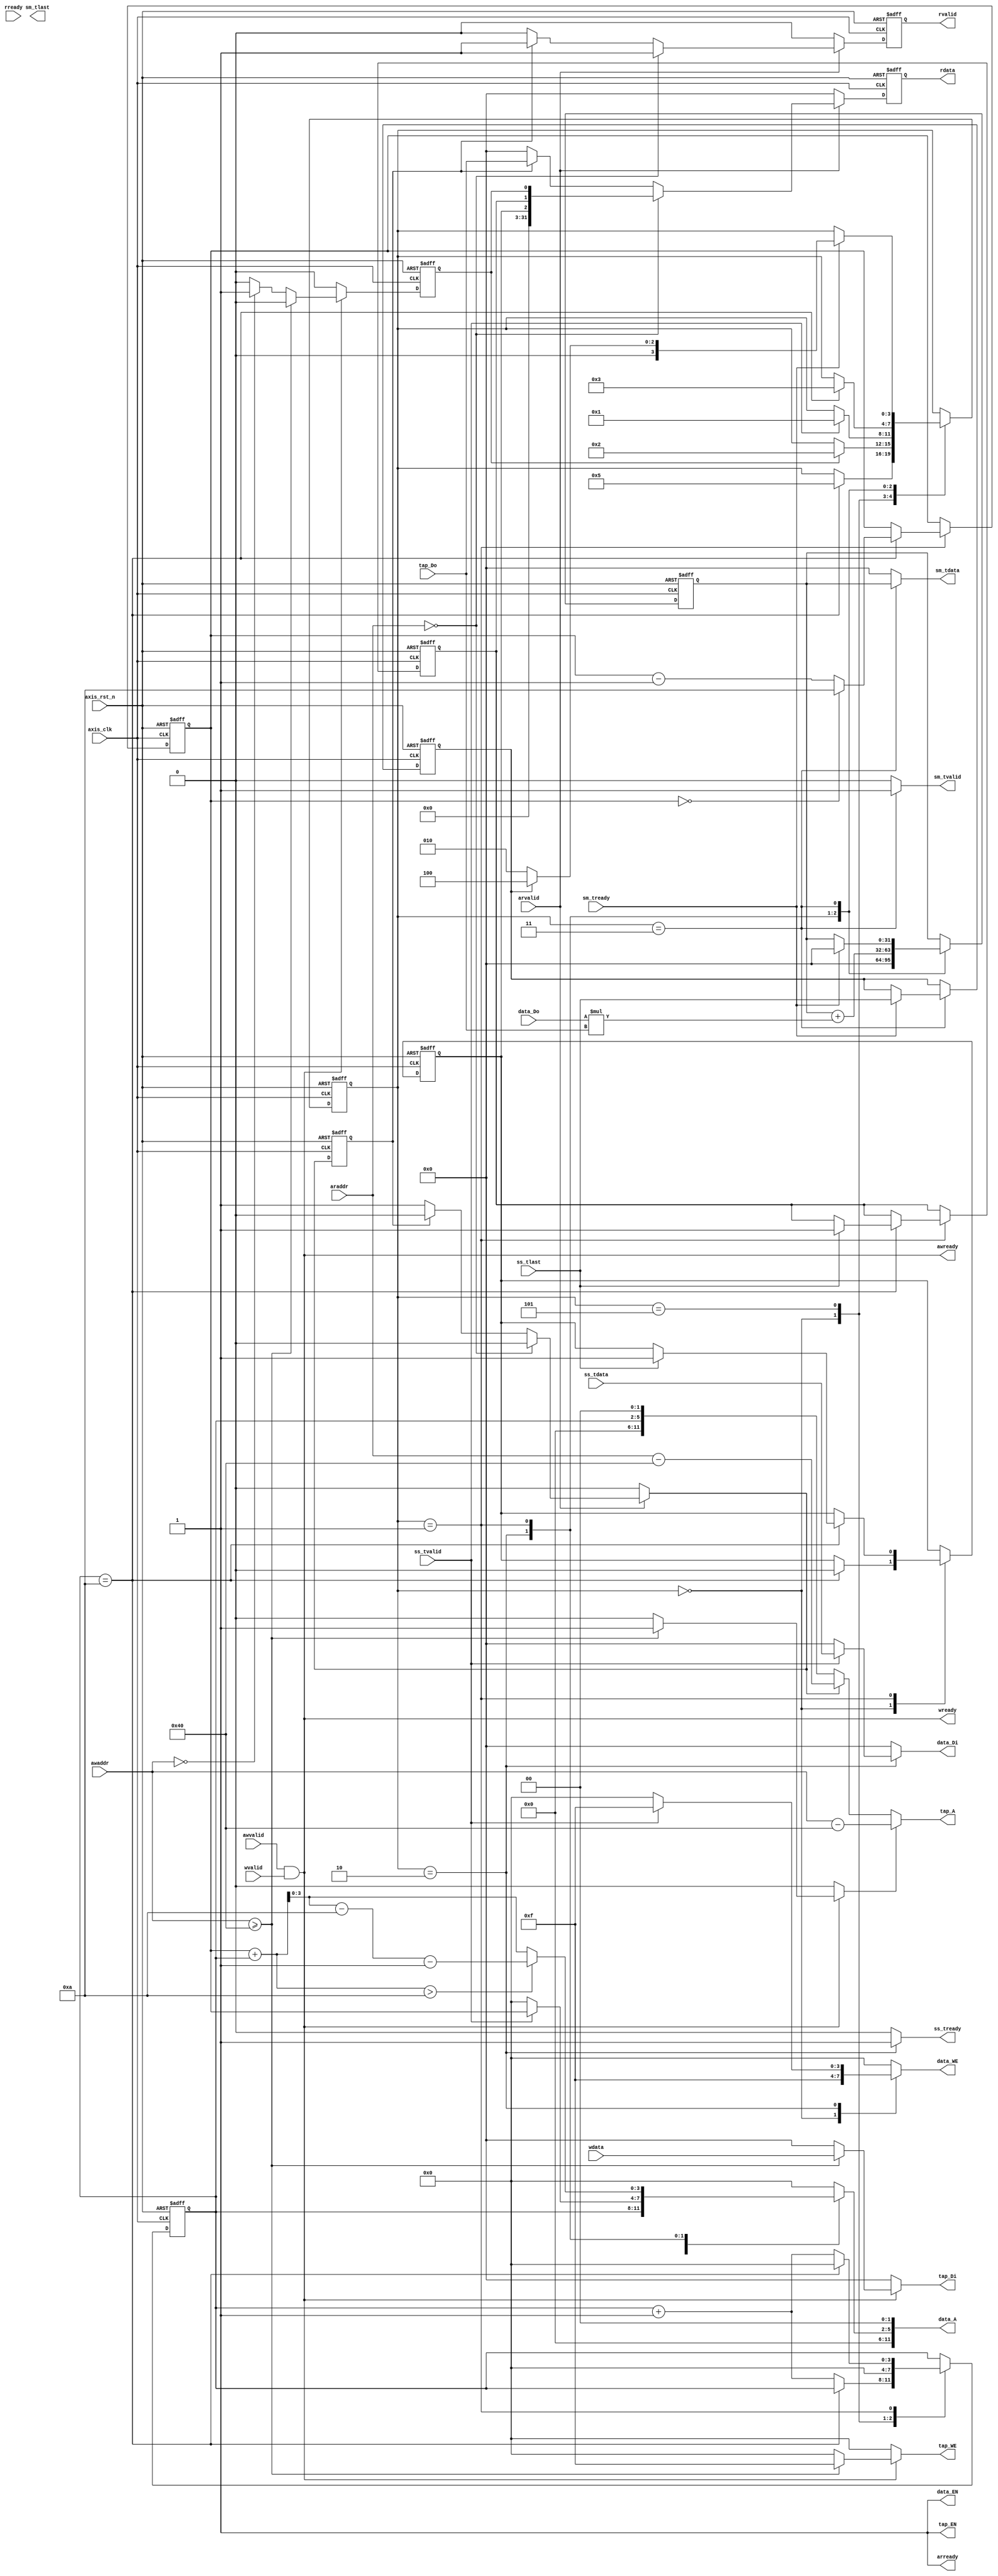
module fir 
#(  parameter pADDR_WIDTH = 12,
    parameter pDATA_WIDTH = 32,
    parameter Tape_Num    = 10 //actually Tape_Num is Tape_Num+1
)
(
    output  wire                     awready, // coefficients address ready to accept from tb, not used
    output  wire                      wready,  // coefficients ready to accept from tb
    input   wire                     awvalid, // coefficients address valid
    input   wire [(pADDR_WIDTH-1):0] awaddr,  // coefficients address
    input   wire                     wvalid, // coefficients valid
    input   wire [(pDATA_WIDTH-1):0] wdata,  //coefficients comes from here

    //can be either check coefficients or ap_done/ap_idle
    output  wire                     arready, // data address ready to accept from tb, not used
    input   wire                     rready, // tb is ready to accept data
    input   wire                     arvalid, // read address from tb is valid
    input   wire [(pADDR_WIDTH-1):0] araddr, // read address from tb
    output  reg                      rvalid, // data to tb valid
    output  reg  [(pDATA_WIDTH-1):0] rdata,  // data to tb

    input   wire                     ss_tvalid, //data stream in valid
    input   wire [(pDATA_WIDTH-1):0] ss_tdata, //data stream in
    input   wire                     ss_tlast, //data stream in last
    output  reg                      ss_tready, //ready to accept data stream in

    input   wire                     sm_tready, //tb ready to accept data stream out
    output  reg                      sm_tvalid, //data stream out valid
    output  reg  [(pDATA_WIDTH-1):0] sm_tdata, //data stream out
    output  reg                      sm_tlast, //data stream out last
    
    // bram for tap RAM
    output  reg  [3:0]               tap_WE,
    output  wire                     tap_EN,
    output  reg  [(pDATA_WIDTH-1):0] tap_Di,
    output  wire   [(pADDR_WIDTH-1):0] tap_A,
    input   wire [(pDATA_WIDTH-1):0] tap_Do,

    // bram for data RAM
    output  reg  [3:0]               data_WE,
    output  wire                     data_EN,
    output  reg  [(pDATA_WIDTH-1):0] data_Di,
    output  wire [(pADDR_WIDTH-1):0] data_A,
    input   wire [(pDATA_WIDTH-1):0] data_Do,

    input   wire                     axis_clk,
    input   wire                     axis_rst_n
);
// states
localparam S_RESET_RAM = 0;
localparam S_COMPUTE = 1;
localparam S_READY = 2;
localparam S_DONE = 3;
localparam S_FIN = 4;
localparam S_WAIT_START = 5;

// regs and wires declaration
reg ap_done_w, ap_done_r;
reg ap_idle_w, ap_idle_r;
reg ap_start_w, ap_start_r;
reg rvalid_w;
reg [(pDATA_WIDTH-1):0] rdata_w;
reg read_axil_wait_w, read_axil_wait_r;
reg tap_A_read, tap_A_write;
reg [(pDATA_WIDTH-1):0] data_len_w,data_len_r;
wire [31:0] addr_map_0_data;
reg [3:0] data_A_byte;

reg [3:0] state_w, state_r;


reg [3:0] data_addr_cnt_w, data_addr_cnt_r;
reg [3:0] data_addr_base_w, data_addr_base_r;
reg [(pDATA_WIDTH-1):0] res_w,res_r;

reg last_one_w, last_one_r;

wire [31:0] mac_result;

// assignment
assign addr_map_0_data = {{29{1'b0}},ap_idle_r,ap_done_r,ap_start_r};
assign tap_EN = 1'b1;
assign data_EN = 1'b1;
assign tap_A =  tap_A_write ? awaddr-64 : 
                tap_A_read ? araddr-64 : data_addr_cnt_r<<2;
assign wready = awvalid && wvalid;
assign awready = awvalid && wvalid;
assign data_A = data_A_byte << 2;

assign arready = 1;

assign mac_result = $signed(res_r) + $signed($signed(data_Do) * $signed(tap_Do));
//module instances

// reg [64:0] cycle_cnt;
// always @(posedge axis_clk or negedge axis_rst_n) begin
//     if(!axis_rst_n) begin
//         cycle_cnt <= 0;
//     end 
//     else begin
//         cycle_cnt <= cycle_cnt + 1;
//     end
// end



// combinational block

//state machine
always @(*) begin
    state_w = state_r;
    case (state_r)
        S_RESET_RAM:begin
            if(data_addr_cnt_r == Tape_Num)begin
                //$display("RESET_RAM DONE");
                state_w = S_WAIT_START;
            end
        end
        S_WAIT_START:begin
            if(ap_start_r)begin
                //$display("AP START RECEIVED");
                state_w = S_READY;
            end
        end
        S_READY:begin
            if(ss_tvalid)begin
                state_w = S_COMPUTE;
            end
        end
        S_COMPUTE:begin
            if(data_addr_cnt_r == Tape_Num)begin
                state_w = S_DONE;
            end
        end
        S_DONE:begin
            if(sm_tready)begin
                //$display("sm_tdata = %d", $signed(res_r));
                if(last_one_r) 
                    state_w = S_FIN;
                else
                    state_w = S_READY;
            end
        end
        
    endcase
end

//debug

// always @(posedge axis_clk)begin
//     case (state_r)
//         S_COMPUTE:begin
//             $display("---------------------------------------");
//             $display("tap_Do = %d", $signed(tap_Do));
//             $display("data_Do = %d", $signed(data_Do));
//             $display("data_addr_cnt_r = %d", data_addr_cnt_r);
//             $display("mac_result = %d", $signed(mac_result));
//             $display("---------------------------------------");
//         end
//     endcase
// end

//computation part
always @(*) begin
    data_addr_cnt_w = data_addr_cnt_r;
    data_WE = 4'b0000;
    data_Di = 0;
    data_A_byte = 0;
    ap_done_w = ap_done_r;
    ap_idle_w = ap_idle_r;
    data_addr_base_w = data_addr_base_r;
    last_one_w = last_one_r;

    ss_tready = 0;
    sm_tvalid = 0;
    sm_tdata = 0;
    res_w = res_r;
    case (state_r)
        S_RESET_RAM:begin
            data_WE = 4'b1111;
            data_Di = 0;
            data_A_byte = data_addr_cnt_r;
            if (data_addr_cnt_r == Tape_Num)begin
                data_addr_cnt_w = data_addr_cnt_r;
                ap_idle_w = 0;
            end
            else begin
                data_addr_cnt_w = data_addr_cnt_r + 1;
            end
        end

        S_WAIT_START:begin
            data_addr_cnt_w = 0;
        end

        S_READY:begin
            ss_tready = 1;
            res_w = 0;

            if(ss_tvalid)begin
                //$display("ss_tdata = %d", $signed(ss_tdata));
                data_Di = ss_tdata;
                data_WE = 4'b1111;
                data_A_byte = data_addr_base_r;
            end
        end
        S_COMPUTE:begin
            res_w = mac_result;
            data_A_byte = (data_addr_base_r + data_addr_cnt_r > Tape_Num) ? 
                        data_addr_base_r + data_addr_cnt_r - Tape_Num - 1 : 
                        data_addr_base_r + data_addr_cnt_r;
            if(data_addr_cnt_r == Tape_Num)begin
                data_addr_cnt_w = 0;
                if(data_addr_base_r == 0)begin
                    data_addr_base_w = Tape_Num;
                end
                else begin
                    data_addr_base_w = data_addr_base_r - 1;
                end
                if(ss_tlast)begin
                    ap_done_w = 1;
                    ap_idle_w = 1;
                end
            end
            else begin
                data_addr_cnt_w = data_addr_cnt_r + 1;
            end
        end
        S_DONE:begin
            sm_tvalid = 1;
            sm_tdata = res_r;
            if(sm_tready)begin
                res_w = 0;
                last_one_w = ss_tlast;
            end
        end
        S_FIN:begin
        end

    endcase
end

//write axil
always @(*) begin
    tap_A_write = 0;
    tap_Di = 0;
    tap_WE = 0;
    ap_start_w = 0;
    data_len_w = data_len_r;
    if(awvalid && wvalid)begin
        // $display("awaddr = %d",awaddr);
        // $display("wdata = %d, at cycle = %d",$signed(wdata),cycle_cnt);
        if(awaddr >= 64)begin
            tap_A_write = 1;
            tap_Di = wdata;
            tap_WE = 4'b1111;
        end
        else begin
            if (awaddr == 0)begin
                ap_start_w = 1;
            end
            else begin // write data length
                data_len_w = wdata;
            end
        end
    end
end

//read axil
always @(*) begin
    rvalid_w = 0;
    rdata_w = 0;
    read_axil_wait_w = 0;
    tap_A_read = 0;
    if(arvalid)begin
        //$display("araddr = %d",araddr);
        if(araddr == 0)begin
            rdata_w = addr_map_0_data;
            rvalid_w = 1;
            //$display("rdata = %b, at cycle = %d",addr_map_0_data[5:0],cycle_cnt);
        end
        else begin
            if(read_axil_wait_r == 0) begin
                read_axil_wait_w = 1;
                tap_A_read = 1;
            end
            else begin
                rdata_w = tap_Do;
                rvalid_w = 1;
            end
            
        end
    end
end


// sequencial block
always @(posedge axis_clk or negedge axis_rst_n) begin
    if(!axis_rst_n) begin
        // reset
        //$display("-----------reset-----------");
        ap_done_r <= 1'b0;
        ap_idle_r <= 1'b1; //not sure
        ap_start_r <= 1'b0;
        rdata <= 0;
        rvalid <= 0;
        read_axil_wait_r <= 0;
        data_len_r <= 0;
        data_addr_cnt_r <= 0;
        state_r <= S_RESET_RAM;
        data_addr_base_r <= Tape_Num;
        res_r <= 0;
        last_one_r <= 0;
    end 
    else begin
        // normal
        ap_done_r <= ap_done_w;
        ap_idle_r <= ap_idle_w;
        ap_start_r <= ap_start_w;
        rdata <= rdata_w;
        rvalid <= rvalid_w;
        read_axil_wait_r <= read_axil_wait_w;
        data_len_r <= data_len_w;
        data_addr_cnt_r <= data_addr_cnt_w;
        state_r <= state_w;
        data_addr_base_r <= data_addr_base_w;
        res_r <= res_w;
        last_one_r <= last_one_w;
    end
end
endmodule